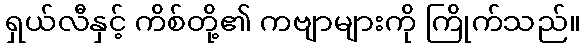
ရှယ်လီနှင့် ကိစ်တို့၏ ကဗျာများကို ကြိုက်သည်။